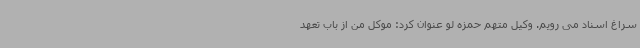
سراغ اسناد می رویم. وکیل متهم حمزه لو عنوان کرد: موکل من از باب تعهد